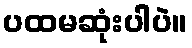
ပထမဆုံးပါပဲ။